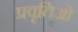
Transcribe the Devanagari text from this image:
प्रवृतिओं